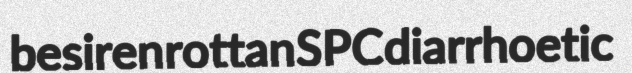
besiren rottan SPC diarrhoetic